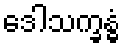
ဒေါသက္ခန္ဓံ